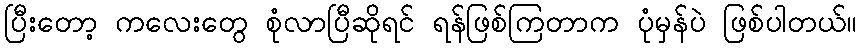
ပြီးတော့ ကလေးတွေ စုံလာပြီဆိုရင် ရန်ဖြစ်ကြတာက ပုံမှန်ပဲ ဖြစ်ပါတယ်။